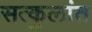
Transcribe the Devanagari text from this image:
सत्कुलांत